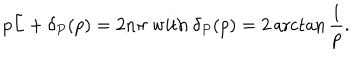
LaTeX: p \tilde { L } + \delta _ { P } ( p ) = 2 n \pi \textrm { w i t h } \delta _ { P } ( p ) = 2 \operatorname { a r c t a n } \frac { 1 } { p } .